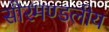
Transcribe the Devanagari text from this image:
सौरमण्डलीय